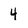
Character: 4